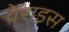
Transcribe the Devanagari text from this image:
वेराइस